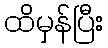
ထိမှန်ပြီး